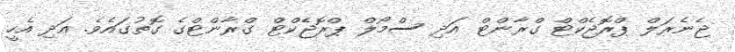
ޖެނެރަލް ޕްރޮޖެކްޓް ގްރާންޓް އަދި ސްމޯލް ޕްރޮޖެކްޓް ގްރާންޓްގެ ގޮތުގައެވެ. އަދި އެހީ